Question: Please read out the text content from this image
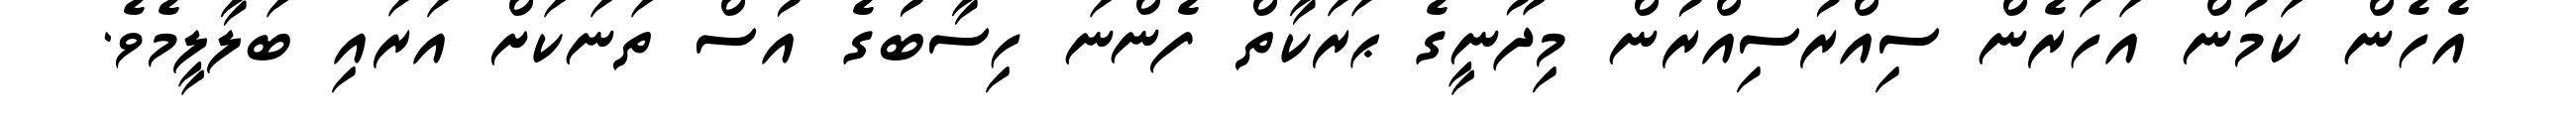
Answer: އެހެން ކަމުން އަހަރެން ސިއްރުސިއްރުން މިދޫނީގެ ޙަރަކާތް ފެންނަ ހިސާބުގެ އުސް ތަނަކަށް އަރައި ބަލާލީމެވެ.